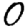
Digit: 0